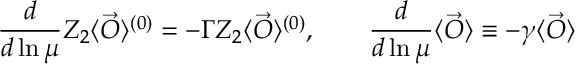
\frac { d } { d \ln \mu } Z _ { 2 } \langle \vec { O } \rangle ^ { ( 0 ) } = - \Gamma Z _ { 2 } \langle \vec { O } \rangle ^ { ( 0 ) } , \qquad \frac { d } { d \ln \mu } \langle \vec { O } \rangle \equiv - \gamma \langle \vec { O } \rangle